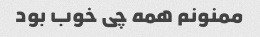
ممنونم همه چی خوب بود